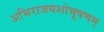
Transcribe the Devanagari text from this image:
अभिराजयशोभूषणम्